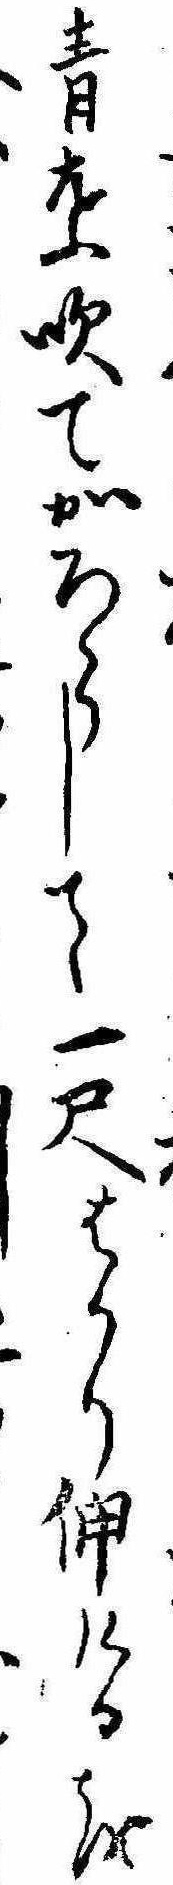
青葉吹てかろうして一尺はかり伸けるをし